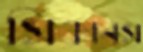
সিকনেস